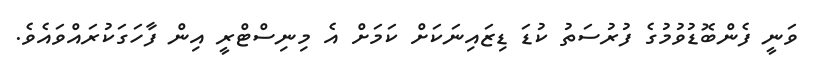
ވަނީ ފެންބޮޑުވުމުގެ ފުރުސަތު ކުޑަ ޑިޒައިނަކަށް ކަމަށް އެ މިނިސްޓްރީ އިން ފާހަގަކުރައްވައެވެ.